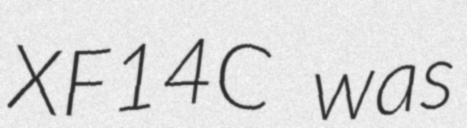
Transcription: XF14C was